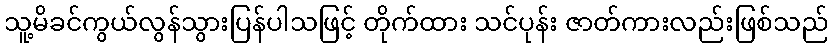
သူ့မိခင်ကွယ်လွန်သွားပြန်ပါသဖြင့် တိုက်ထား သင်ပုန်း ဇာတ်ကားလည်းဖြစ်သည်